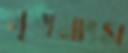
মৃগমাংস